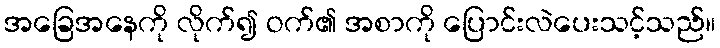
အခြေအနေကို လိုက်၍ ဝက်၏ အစာကို ပြောင်းလဲပေးသင့်သည်။